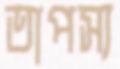
তাপস্য